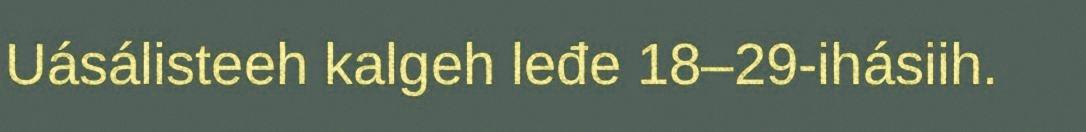
Uásálisteeh kalgeh leđe 18–29-ihásiih.